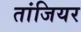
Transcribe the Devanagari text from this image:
तांजियर